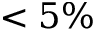
< 5 \%